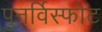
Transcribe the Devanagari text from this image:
पुनर्विस्फोट